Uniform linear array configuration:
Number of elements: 32
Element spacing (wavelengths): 0.5
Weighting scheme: blackman
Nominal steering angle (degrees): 60
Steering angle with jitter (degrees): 59.758
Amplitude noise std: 0.05
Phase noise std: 0.05

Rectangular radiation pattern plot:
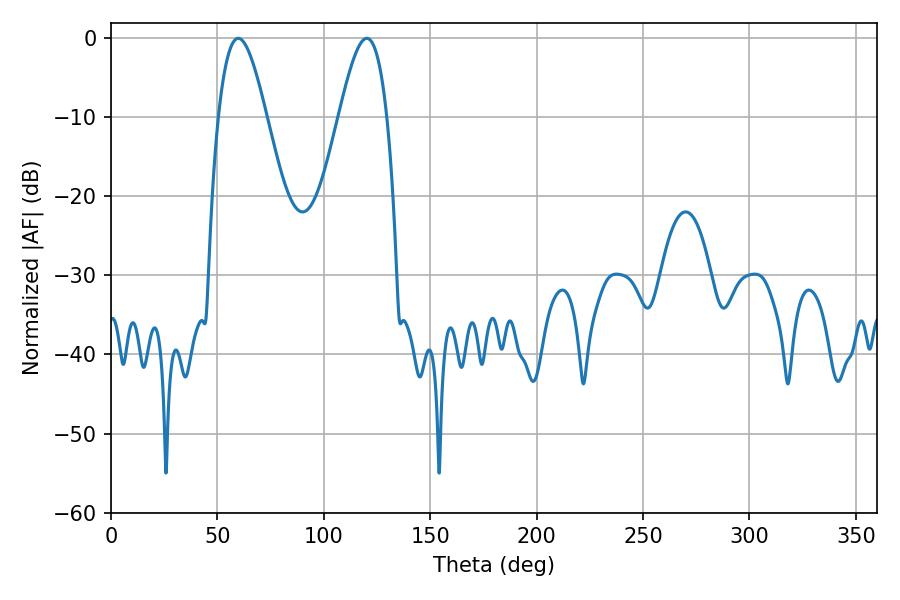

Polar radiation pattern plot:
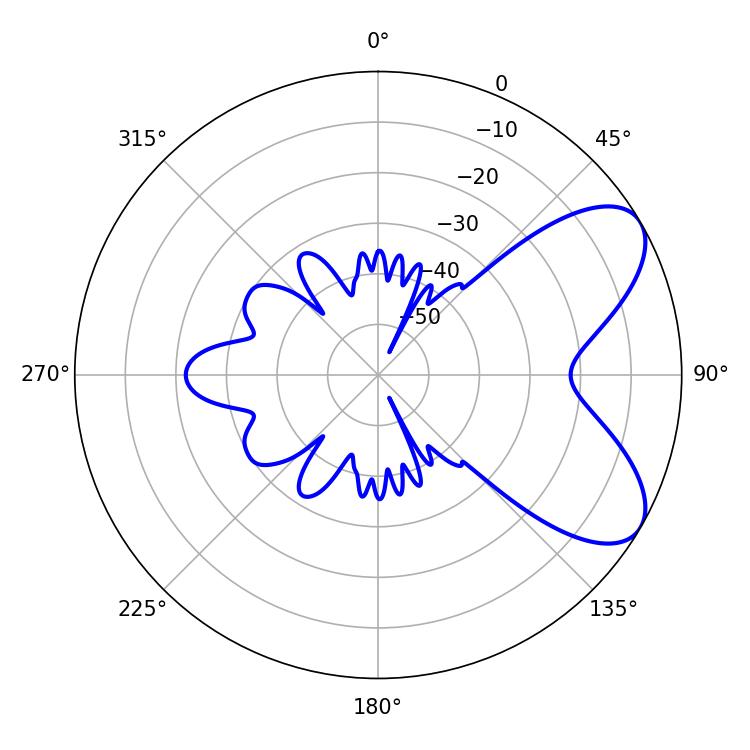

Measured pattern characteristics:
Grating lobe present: FALSE
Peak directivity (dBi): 6.942
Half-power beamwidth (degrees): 12.06
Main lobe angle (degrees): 59.76